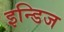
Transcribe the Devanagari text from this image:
इन्डिज